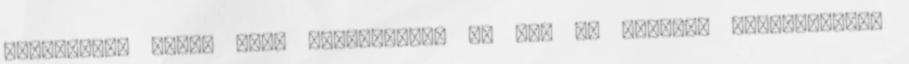
kötelesek. Hiába lesz felszerelve az új, de rosszul kiválasztott